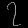
Digit: ၇